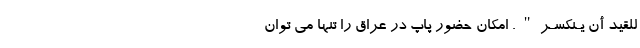
للقَيْدِ أَنْ يَـنْكَسِـر". امکان حضور پاپ در عراق را تنها می توان